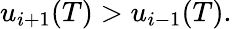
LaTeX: u_{i+1}(T)>u_{i-1}(T).